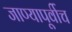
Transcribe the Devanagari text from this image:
जाण्यापूर्वीच